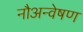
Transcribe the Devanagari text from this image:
नौअन्वेषण